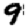
Digit: 9